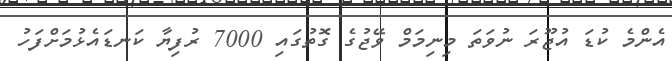
އެންމެ ކުޑަ އުޖޫރަ ނުވަތަ މިނިމަމް ވޭޖުގެ ގޮތުގައި 7000 ރުފިޔާ ކަނޑައެޅުމަށްފަހު